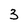
Character: 3